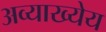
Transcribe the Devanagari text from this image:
अव्याख्येय